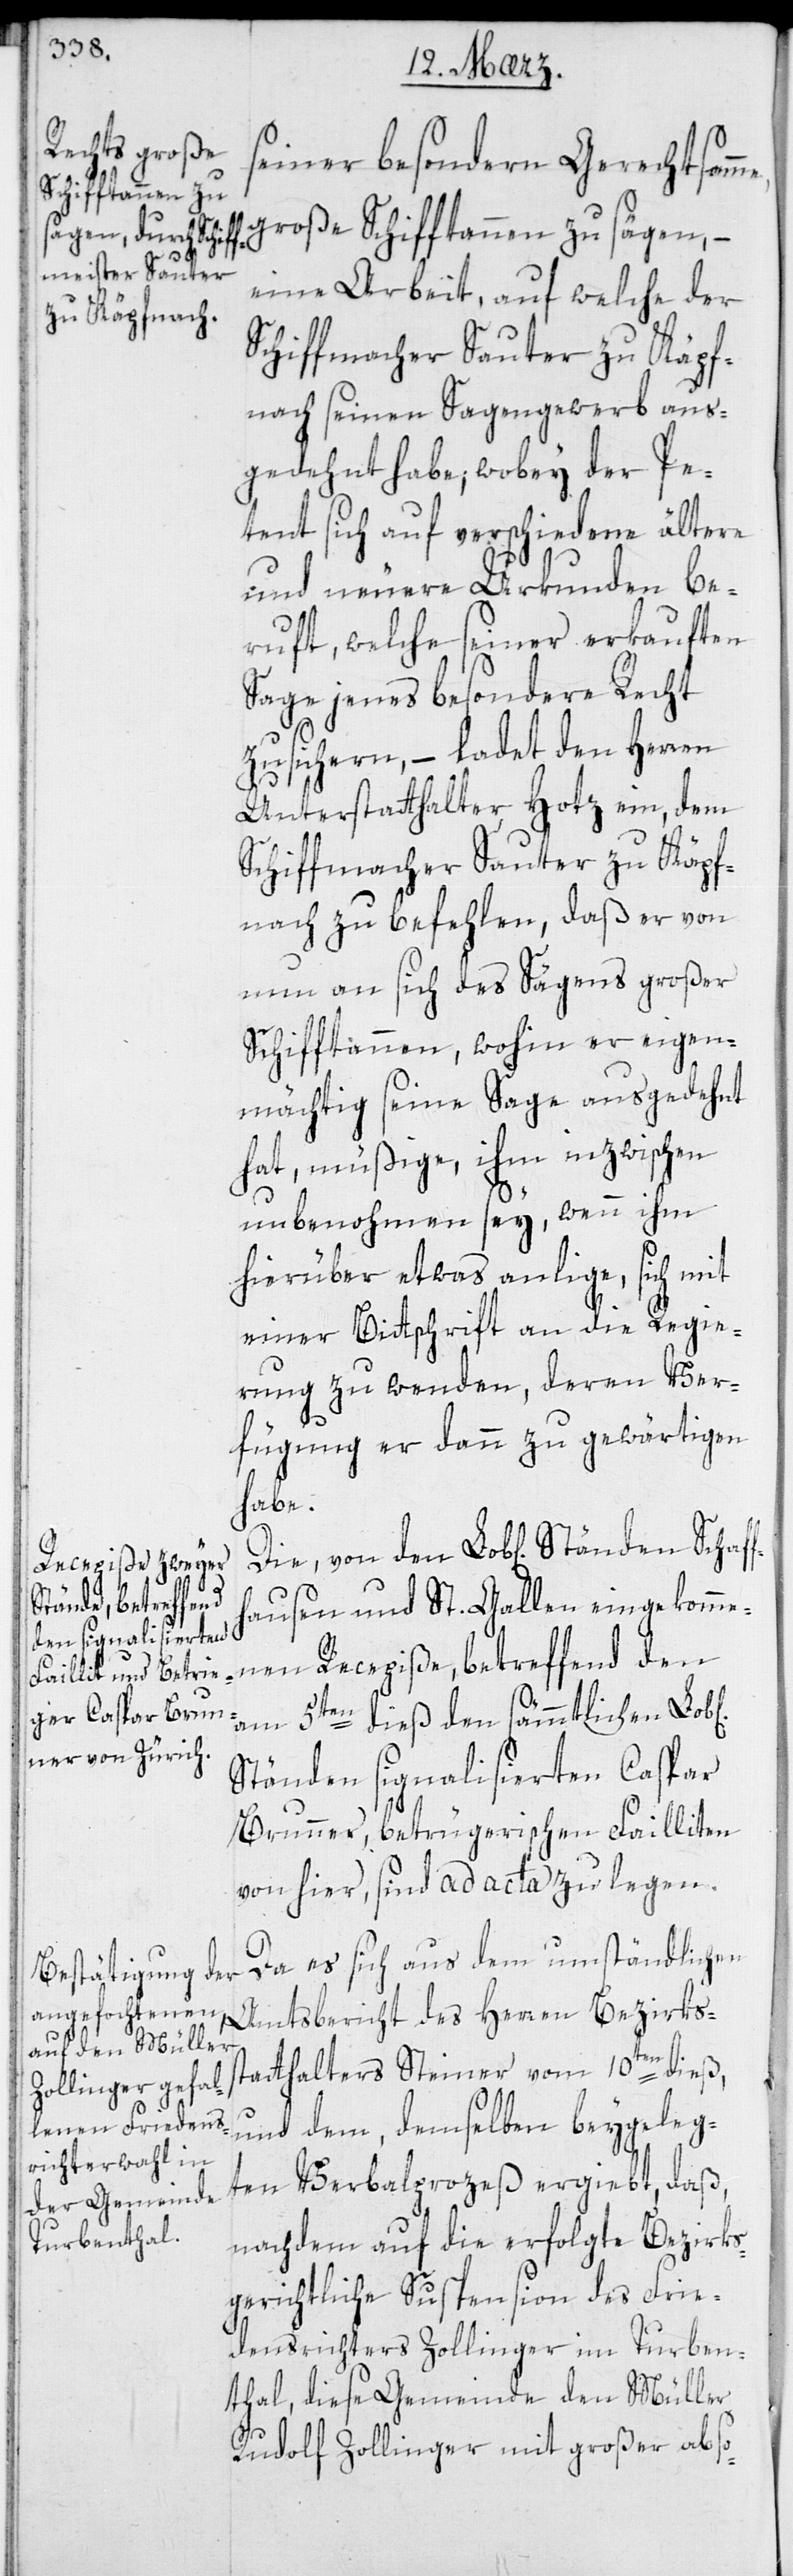
me,
den Schaff¬

seiner besonderen Gerechtsam¬
große Schifftannen zu sägen, –
eine Arbeit, auf welche der
Schiffmacher Sauter zu Käpf¬
nach seinen Sagengewerb aus¬
gedehnt habe; wobey der Pe¬
tent sich auf verschiedene ältere
und neuere Urkunden be¬
ruft, welche seiner erkauften
Sage jenes besondere Recht
zusichern, – ladet den Herren
Unterstatthalter Hotz ein, dem
Schiffmacher Sauter zu Käpf¬
nach zu befehlen, daß er von
nun an sich des Sägens großer
Schifftannen, wohin er eigen¬
mächtig seine Sage ausgedehnt
hat, müßige, ihm inzwischen
unbenommen sey, wenn ihm
hierüber etwas anliege, sich mit
einer Bittschrift an die Regie¬
rung zu wenden, deren Ver¬
fügung er dann zu gewärtigen
habe.
Die von den Lob[lichen] Stän¬
hausen und St. Gallen eingekomme¬
nen Recepiße, betreffend den
am 5ten dieß den sämmtlichen
Ständen signalisierten Caspar
Brunner, betrügerischen Failliten
von hier, sind ad acta zu legen.
Da es sich aus dem umständlichen
Amtsbericht des Herren Bezirks¬
statthalter Steiner vom 10ten dieß,
und dem, demselben beygeleg¬
ten Verbalprozeß ergiebt, daß,
nachdem auf die erfolgte bezirks¬
gerichtliche Suspension des Frie¬
densrichters Zollinger im Turben¬
thal, diese Gemeinde den Müller
Rudolf Zollinger mit großer abso-